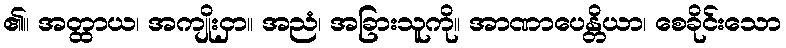
၏။ အတ္ထာယ၊ အကျိုးငှာ။ အညံ၊ အခြားသူကို။ အာဏာပေန္တိယာ၊ စေခိုင်းသော